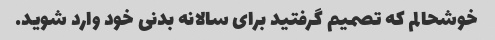
خوشحالم که تصمیم گرفتید برای سالانه بدنی خود وارد شوید.